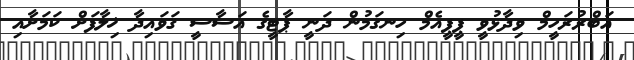
އަބްރުރަހީމް ވިދާޅުވީ ޕީޕީއެމް ހިނގަމުން ދަނީ ޕާޓީގެ އަސާސީ ޤަވައިދާ ޚިލާފަށް ކަމަށާއި